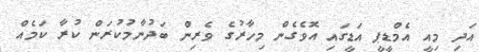
އަދި މިއީ އެމްޑީޕީ އަޑީގައި އޮވެގެން މިހާރުގެ ވެރިން ބަދުނާމުކުރަން ކުރާ ކަމެއް